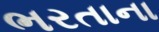
ભરતાના